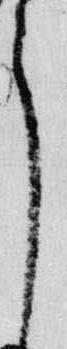
了